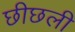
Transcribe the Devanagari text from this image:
छीछली